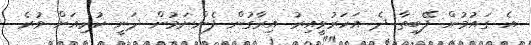
އެ ގައުމުން ފޭބިތާ ދެ އަހަރުވީއިރު އިރާގުން ފެންނަމުން ދަނީ ކުރިއަށް ވުރެ